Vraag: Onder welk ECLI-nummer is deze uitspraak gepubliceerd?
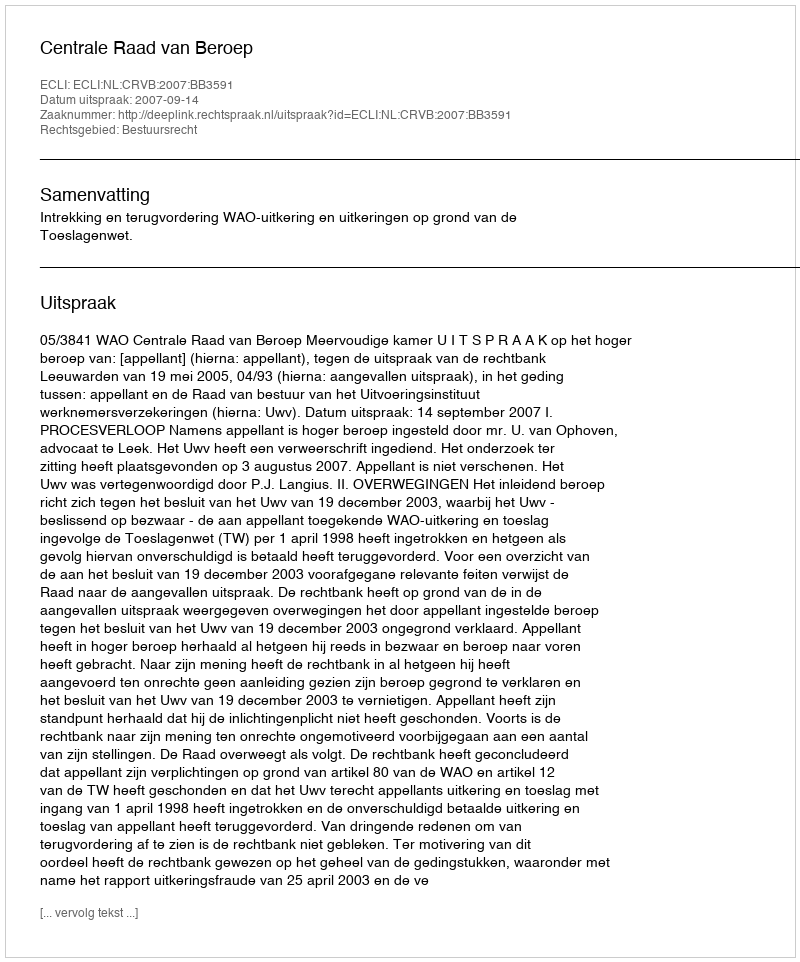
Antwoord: ECLI:NL:CRVB:2007:BB3591